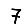
Digit: 7